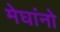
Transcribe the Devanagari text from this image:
मेघांनो